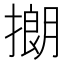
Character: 𪮡